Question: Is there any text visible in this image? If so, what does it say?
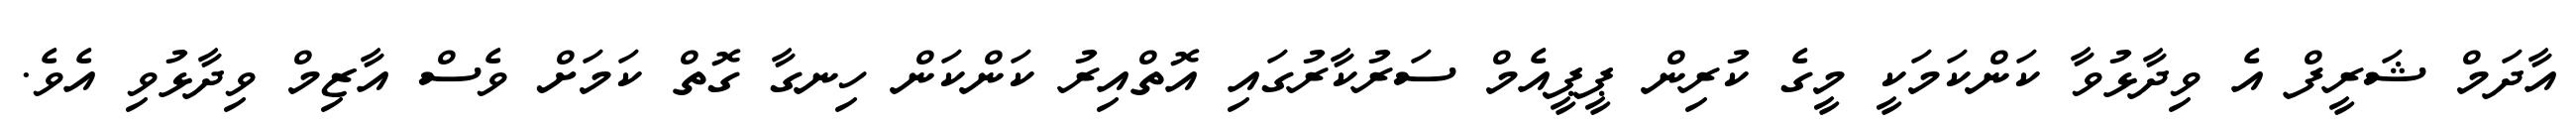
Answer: އާދަމް ޝަރީފް އެ ވިދާޅުވާ ކަންކަމަކީ މީގެ ކުރިން ޕީޕީއެމް ސަރުކާރުގައި އޮތްއިރު ކަންކަން ހިނގާ ގޮތް ކަމަށް ވެސް އާޒިމް ވިދާޅުވި އެވެ.